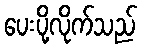
ပေးပို့လိုက်သည်